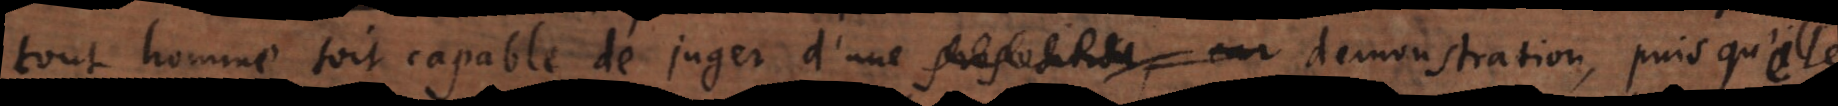
tout homme soit capable de juger d’une proposition, car demonstration puisqu’il